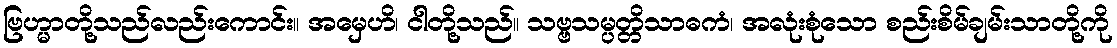
ဗြဟ္မာတို့သည်လည်းကောင်း။ အမှေဟိ၊ ငါတို့သည်။ သဗ္ဗသမ္ပတ္တိသာဓကံ၊ အလုံးစုံသော စည်းစိမ်ချမ်းသာတို့ကို